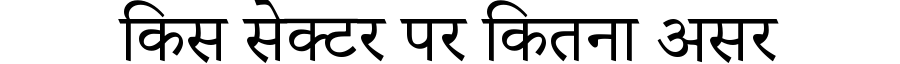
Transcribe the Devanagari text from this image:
किस सेक्टर पर कितना असर